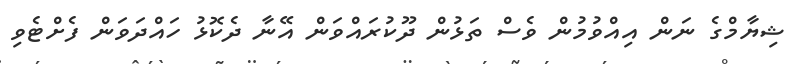
ޝިޔާމްގެ ނަން އިއްވުމުން ވެސް ތަޅުން ދޫކުރައްވަން އޭނާ ދެކޮޅު ހައްދަވަން ފެށްޓެވި